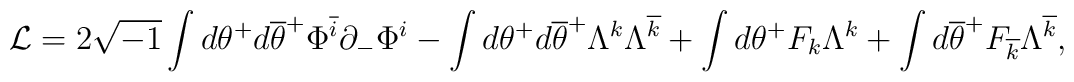
{\cal L}=2\sqrt{-1}\int d\theta^{+}d\overline{\theta}^{+}\Phi^{\overline{i}}\partial_{-}\Phi^{i}-\int d\theta^{+}d\overline{\theta}^{+}\Lambda^{k}\Lambda^{\overline{k}}+\int d\theta^{+}F_{k}\Lambda^{k}+\int d\overline{\theta}^{+}F_{\overline{k}}\Lambda^{\overline{k}},